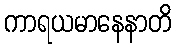
ကာရယမာနေနာတိ